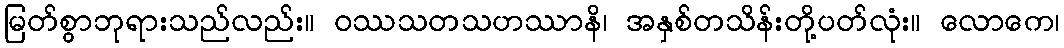
မြတ်စွာဘုရားသည်လည်း။ ဝဿသတသဟဿာနိ၊ အနှစ်တသိန်းတို့ပတ်လုံး။ လောကေ၊